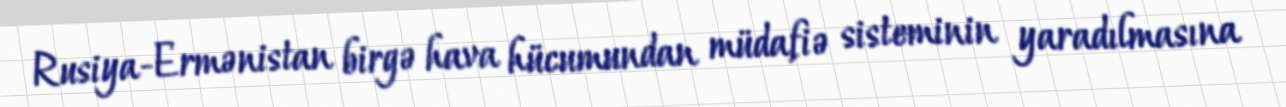
Rusiya-Ermənistan birgə hava hücumundan müdafiə sisteminin yaradılmasına